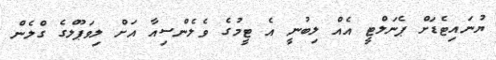
ޔުނައިޓެޑަށް ޕެނަލްޓީ އެއް ލިބުނީ އެ ޓީމުގެ ވެލެންސިއާ އަށް ލިވަޕޫލްގެ ގްލެން